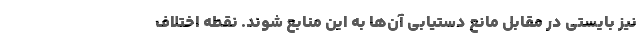
نیز بایستی در مقابل مانع دستیابی آن‌ها به این منابع شوند. نقطه اختلاف